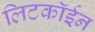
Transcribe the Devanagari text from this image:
लिटकॉईन